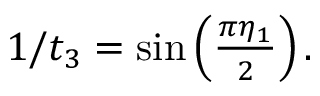
\begin{array} { r } { 1 / t _ { 3 } = \sin \left( \frac { \pi \eta _ { 1 } } { 2 } \right) . } \end{array}